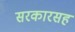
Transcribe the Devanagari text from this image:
सरकारसह